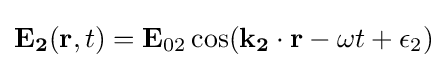
\mathbf {E_{2}} (\mathbf {r} ,t)=\mathbf {E} _{02}\cos(\mathbf {k_{2}\cdot r} -\omega t+\epsilon _{2})